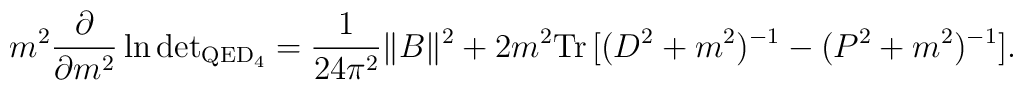
m^2 \frac{\partial}{\partial m^2} \ln \mbox{det}_{{\mbox{\scriptsize{QED}}_4}}= \frac{1}{24\pi^2} \|B\|^2 + 2m^2 \mbox{Tr}\,[ (D^2 + m^2)^{-1} - (P^2 +m^2)^{-1} ].